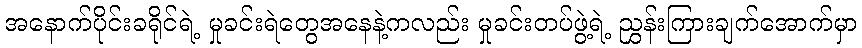
အနောက်ပိုင်းခရိုင်ရဲ့ မှုခင်းရဲတွေအနေနဲ့ကလည်း မှုခင်းတပ်ဖွဲ့ရဲ့ ညွှန်းကြားချက်အောက်မှာ